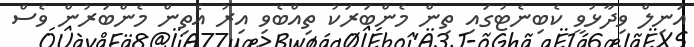
އަނިލް ވިދާޅުވީ ކެބިނެޓުގައި ތިން މެންބަރަކު ތިއްބެވި އިރު އެތިން މެންބަރުން ވެސް